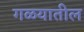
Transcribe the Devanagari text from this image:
गळयातील